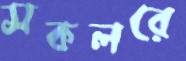
সকলরে